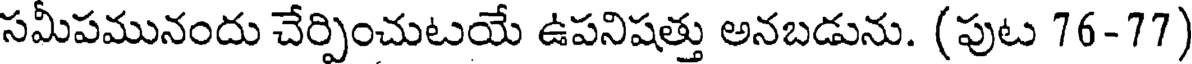
సమీపమునందు చేర్పించుటయే ఉపనిషత్తు అనబడును. (పుట 76-77)